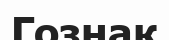
Гознак